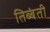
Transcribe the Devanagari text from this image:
तिब्बंती